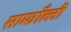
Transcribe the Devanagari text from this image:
साम्छाँल्ली